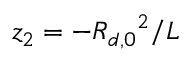
z _ { 2 } = - { R _ { d , 0 } } ^ { 2 } / L